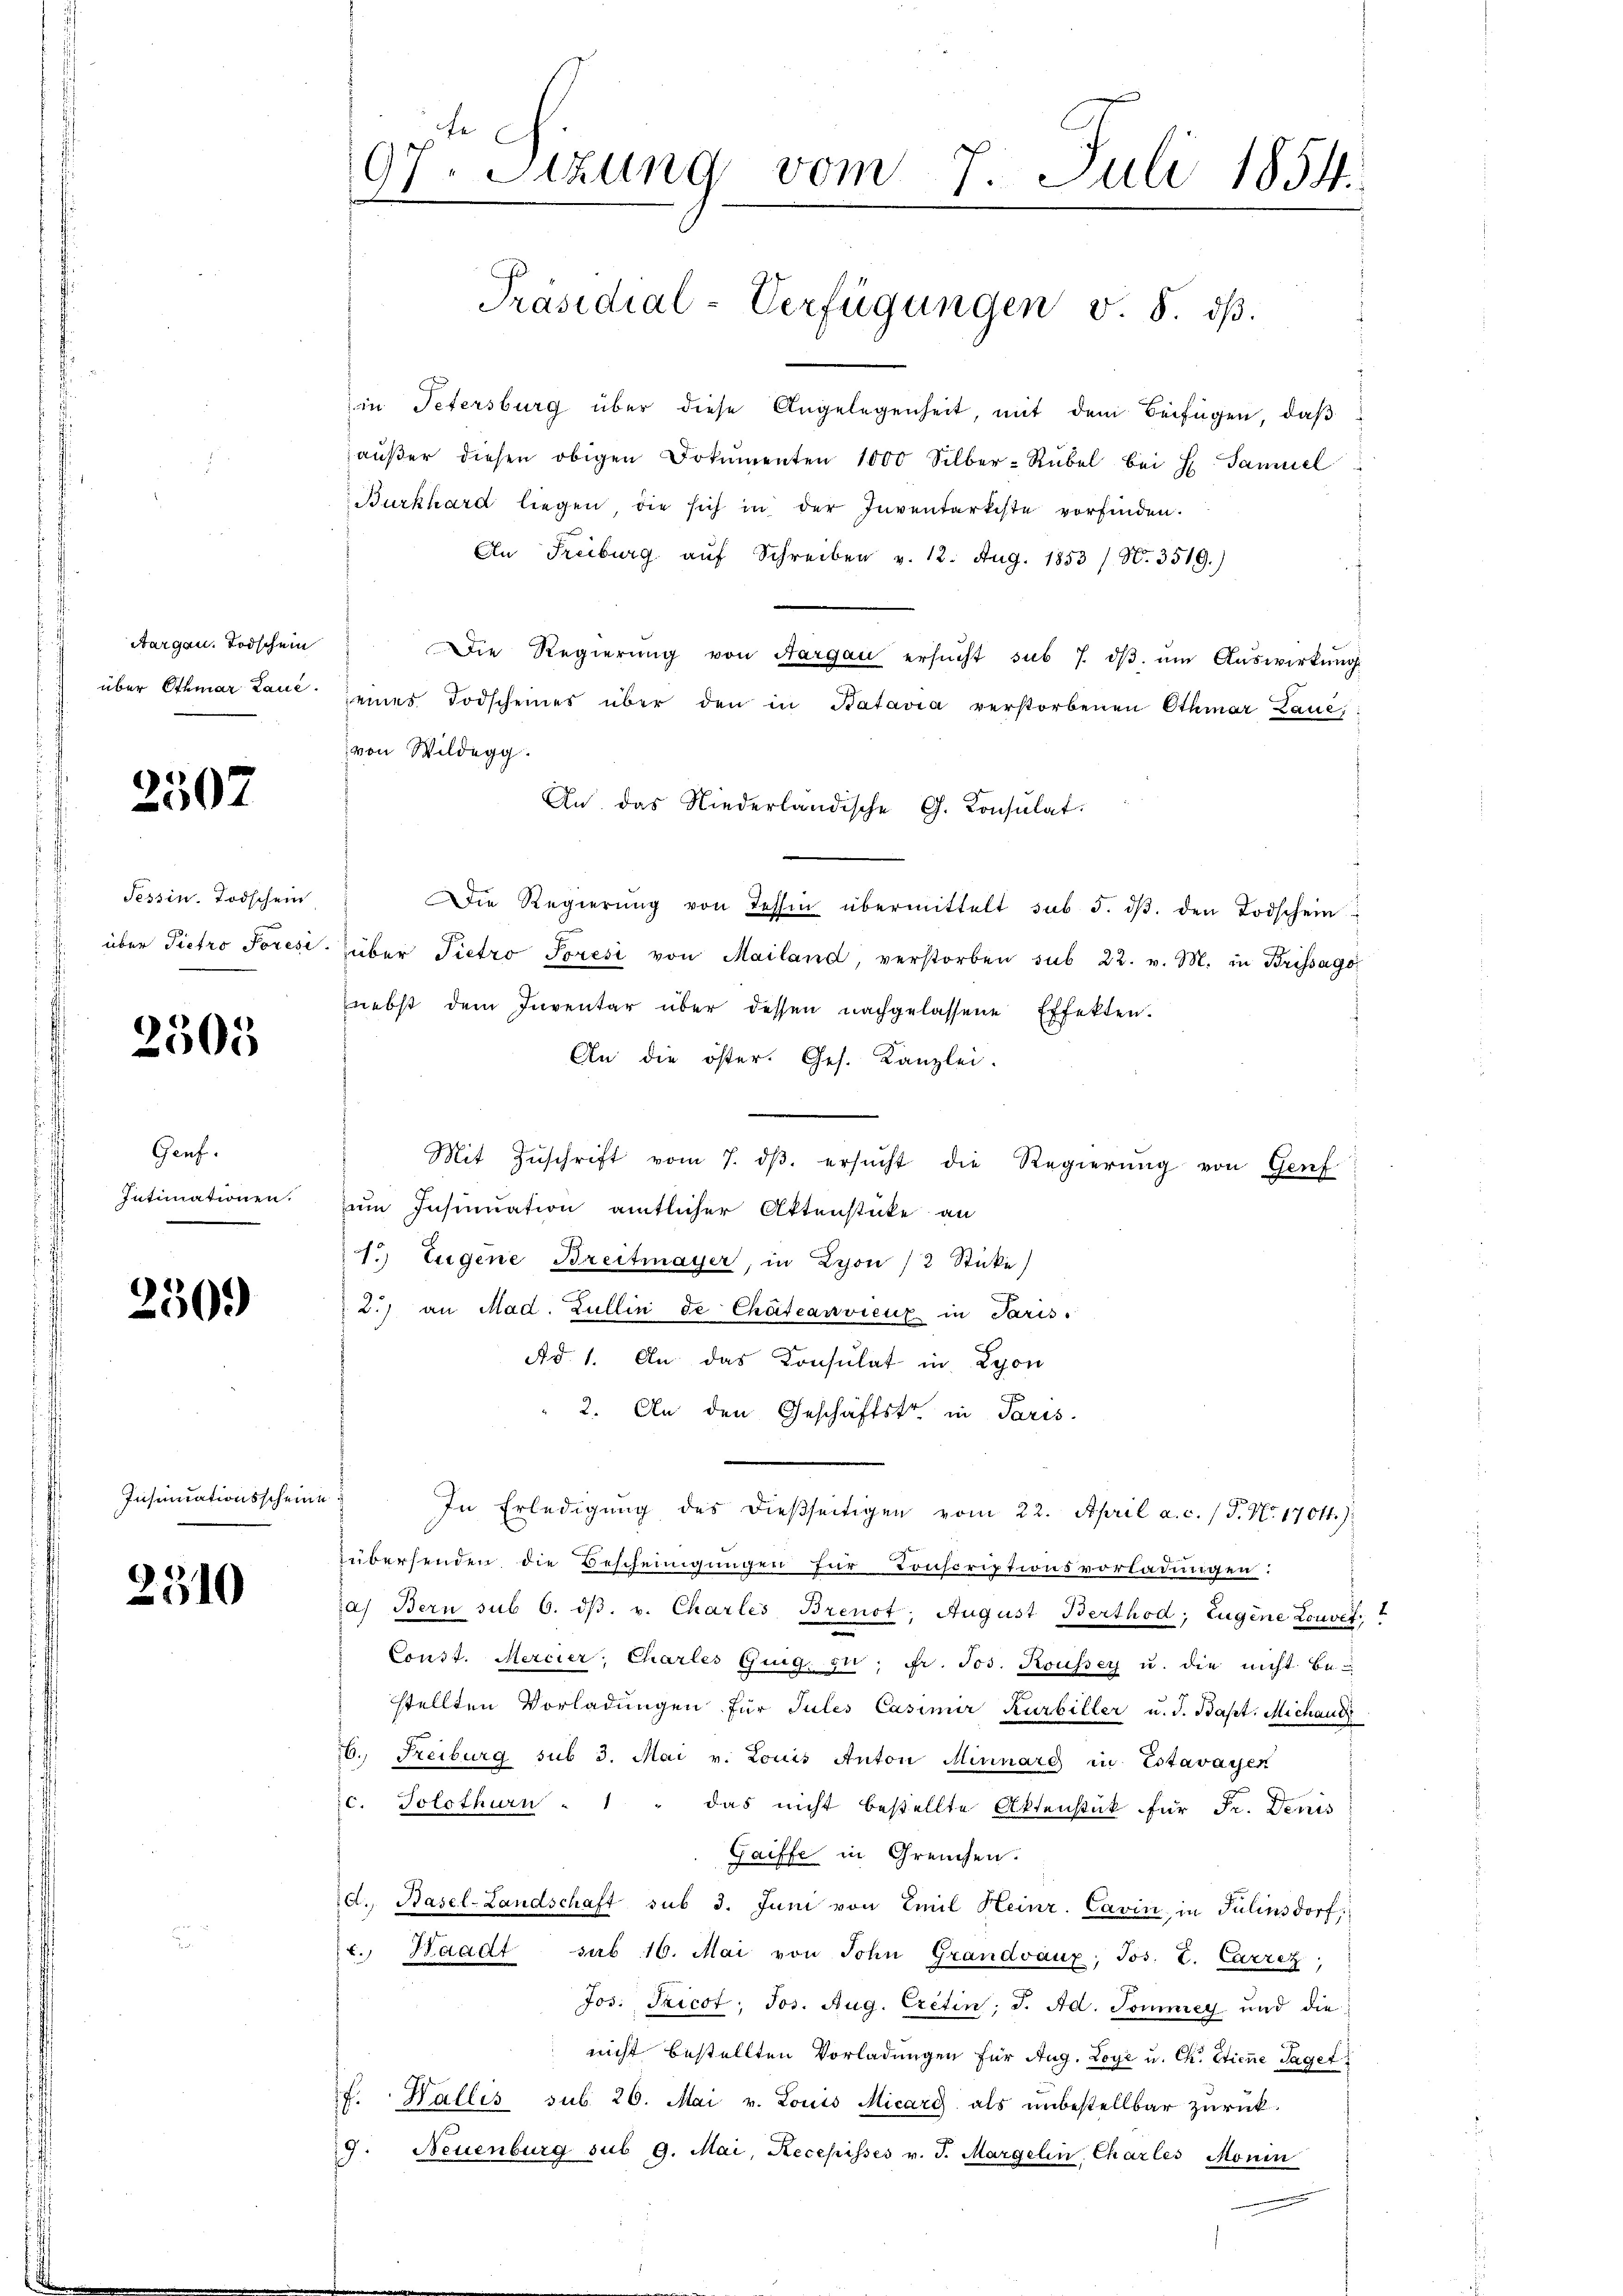
Aargau. Todschein
über Othmar Laue.

2507

Tessin. Todschein
über Pietro Poresi

2505

Genf.
Intimationen.

2309

Insinuationsscheine

2310

97. Sitzung vom 7. Juli 1854.
.
e

in Petersburg über diese Angelegenheit mit dem Beifügen, daß
aŭβer diesen obigen Dokumenten 1000 Silber-Rübel bei H Samuel
Burkhard liegen, die sich in der Inventarkeste vorfinden.
An Freiburg aŭf Schreiben v. 12. Aug. 1853 / N. 3519.)
Die Regierŭng von Aargau ersŭcht sub 7. dβ. ŭm Aŭswirkung
seines Todscheines über den in Batavia verstorbenen Othmar Lauc
von Wildegg.
An das Niederländische G. Consulat.
Die Regierung von Tessin übermittelt sub 5. dβ. den Todschein
über Pietro Poresi von Mailand, verstorben sub 22. v. M. in Brissago
nebst dem Inventar über dessen nachgelassene Effekten.
An die öster. Ges. Kanzlei-
Mit Zŭschrift vom 7. dβ. ersŭcht die Regierŭng von Genf
zum Insinuation amtlicher Aktenstücke an
1.) Eugene Breitmayer, in Lyon /2 Sticke
2.) an Mad. Zullin de Chäteanvienz in Paris
Ad. 1. An das Konsulat in Lyon
2. An den Geschäftstr. in Paris.
In Erledigung des dießseitigen vom 22. April a. c. / P. N. 17041.)
zübersenden, die Bescheinigungen für Conscriptionsvorladungen:
7a) Bern sub 6. dβ. v. Charles Brenot. August Berthod, Eugene Louvet
Const. Mercier, Charles Guig, u. fr. Jos. Koussey u. die nicht bestellten Vorladungen für Jules Casimir Kurbiller u. s. Bapt. Michand
76. Freiburg sub 3. Mai v. Louis Anton Minnarg in Estavayen
c. Solothurn . 1 " das nicht bestellte Aktenstück für Fr. Denis
Gaiffe in Greuchen.
d. Basel-Landschaft sub 3. Juni von Emil Heinr. Cavin, in Tulinsdorf,
. Waadt sub 16. Mai von Sohn Grandvaux; Jos. Z. Carrez,
Jos. Tricot, Jos. Aug. Cretin; J. Ad. Sommer und die
nicht bestellten Vorladungen für Aug. Loye u. Ch. Etiene Taget
f. Wallis sub. 26. Mai v. Louis Micarg als unbestellbar zŭrück.
9. Neuenburg sub 9. Mai, Recepisses v. J. Margelin, Charles Monin

Präsidial-Verfügungen v. 8. dβ.